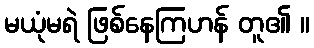
မယုံမရဲ ဖြစ်နေကြဟန် တူ၏ ။